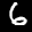
Label: 6